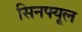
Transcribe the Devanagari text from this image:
सिनफ्यूल